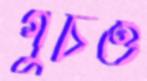
গুচও